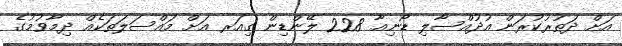
އަށް ދަތުރުކުރަން އުދުއްސާލި ޑޯނިއާ 228 ލޭންޑިން ގިއަރ އަށް މައްސަލަތަކެއް ދިމާވުމުގެ